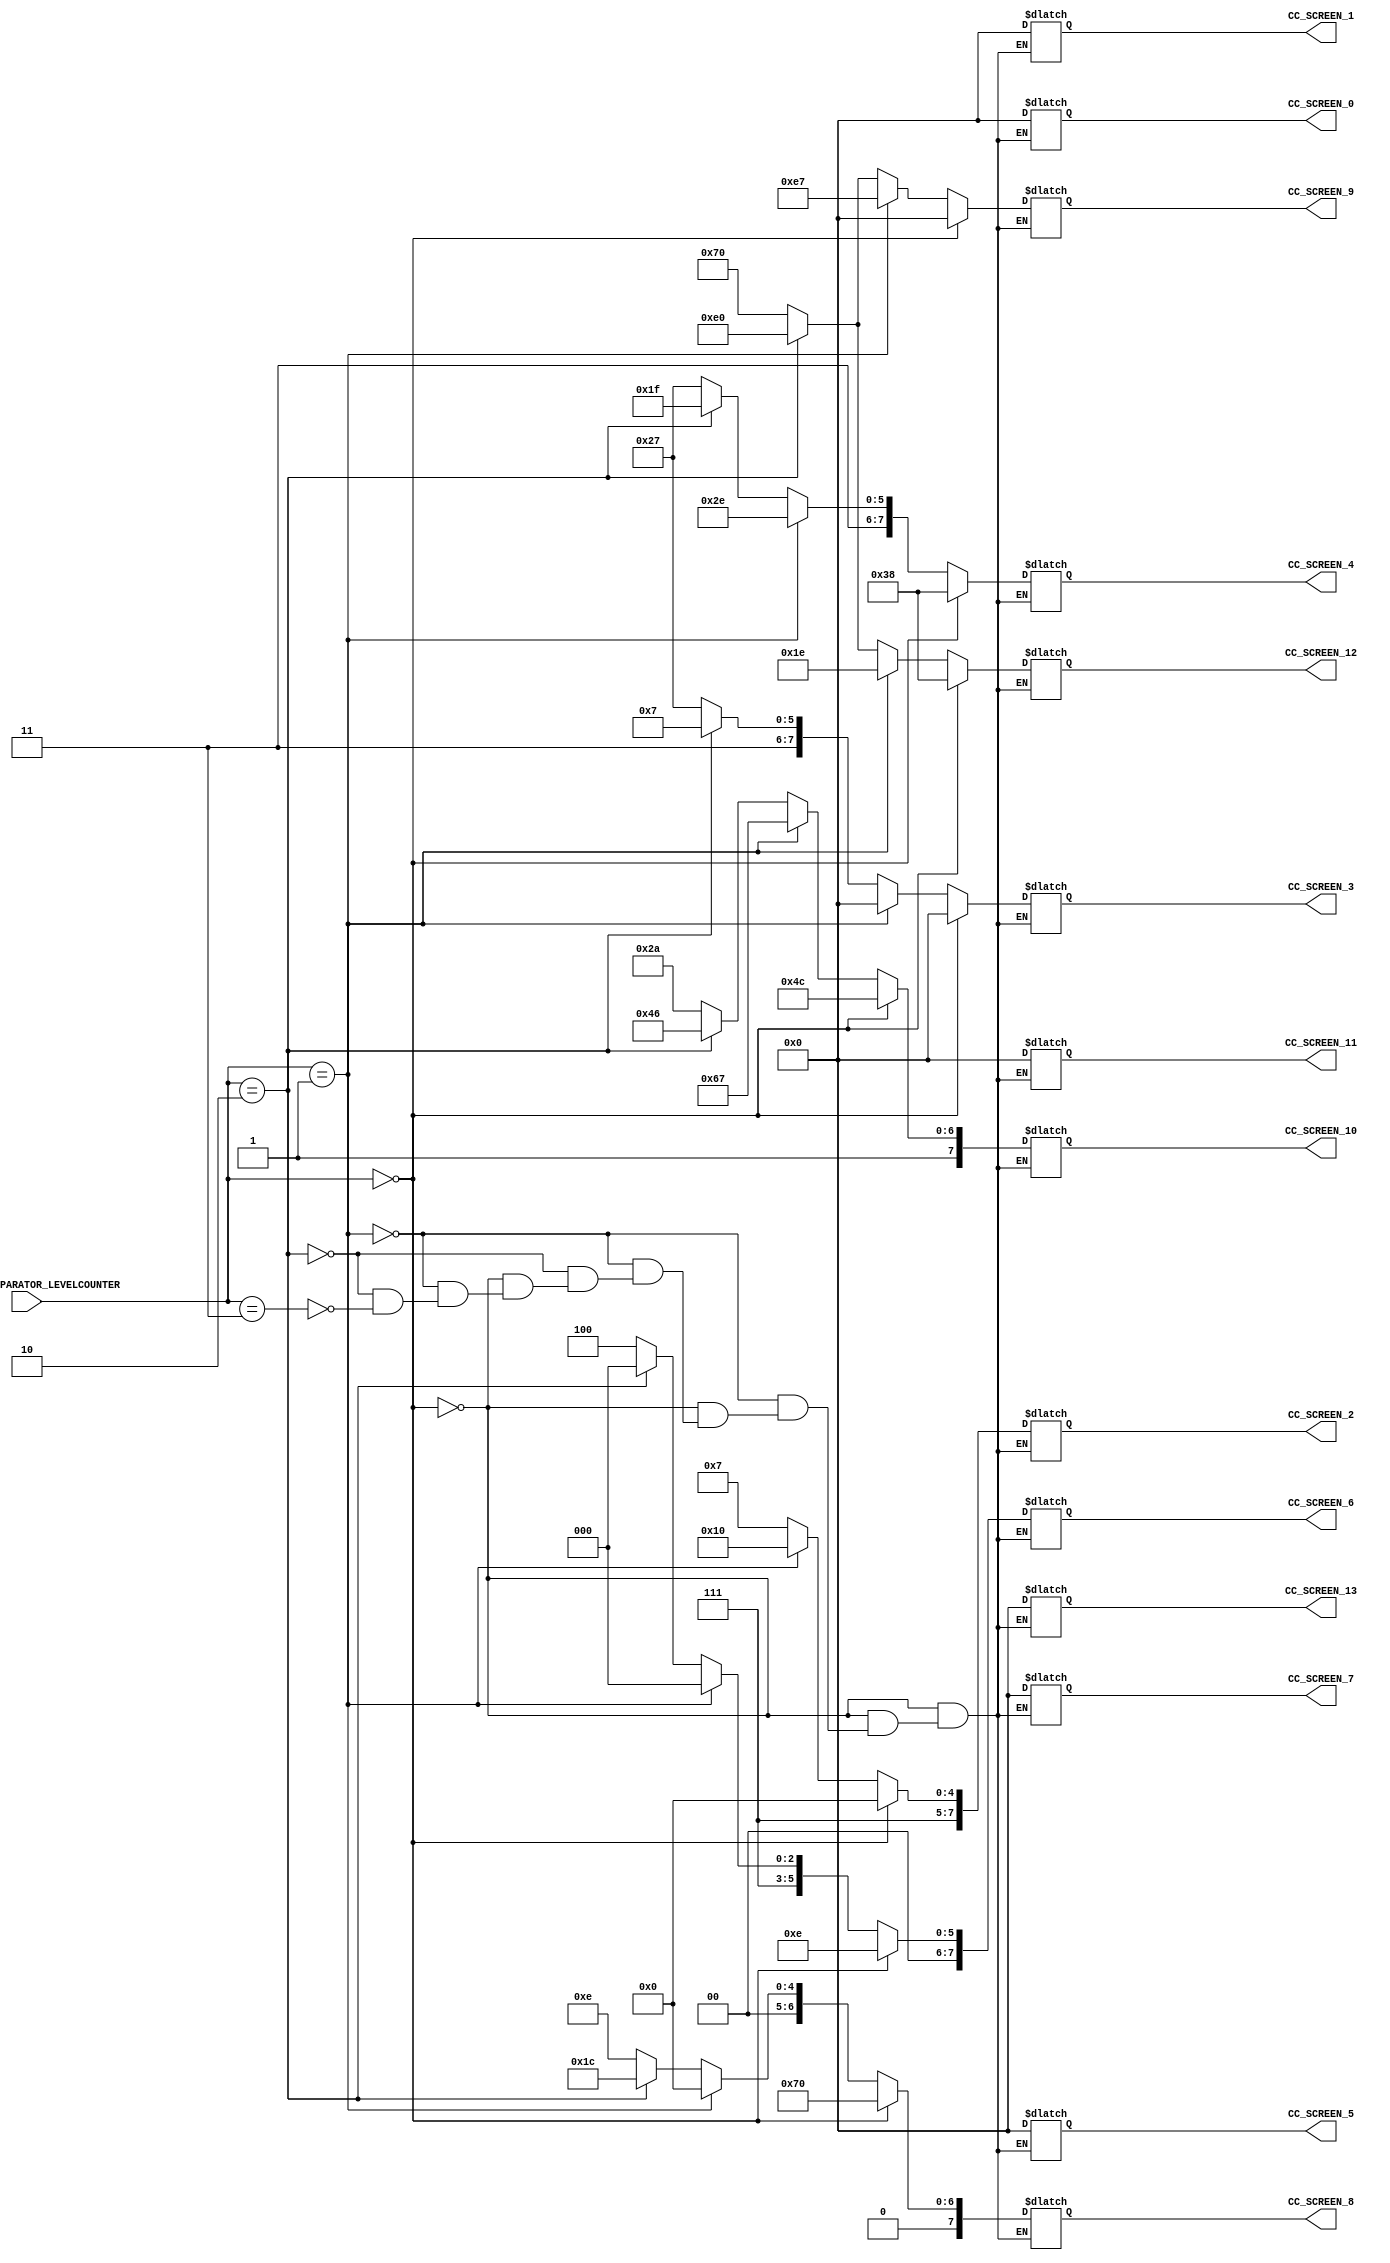
/*######################################################################
//#	G0B1T: HDL EXAMPLES. 2018.
//######################################################################
//# Copyright (C) 2018. F.E.Segura-Quijano (FES) fsegura@uniandes.edu.co
//# 
//# This program is free software: you can redistribute it and/or modify
//# it under the terms of the GNU General Public License as published by
//# the Free Software Foundation, version 3 of the License.
//#
//# This program is distributed in the hope that it will be useful,
//# but WITHOUT ANY WARRANTY; without even the implied warranty of
//# MERCHANTABILITY or FITNESS FOR A PARTICULAR PURPOSE.  See the
//# GNU General Public License for more details.
//#
//# You should have received a copy of the GNU General Public License
//# along with this program.  If not, see <http://www.gnu.org/licenses/>
//####################################################################*/
//=======================================================
//  MODULE Definition
//=======================================================
module CC_LEVELCOMPARATOR (
//////////// OUTPUTS //////////
	CC_SCREEN_0,
	CC_SCREEN_1,
	CC_SCREEN_2,
	CC_SCREEN_3,
	CC_SCREEN_4,
	CC_SCREEN_5,
	CC_SCREEN_6,
	CC_SCREEN_7,
	CC_SCREEN_8,
	CC_SCREEN_9,
	CC_SCREEN_10,
	CC_SCREEN_11,
	CC_SCREEN_12,
	CC_SCREEN_13,
//////////// INPUTS //////////
	CC_LEVELCOMPARATOR_LEVELCOUNTER
);
//=======================================================
//  PORT declarations
//=======================================================
output reg [7:0]CC_SCREEN_0;
output reg [7:0]CC_SCREEN_1;
output reg [7:0]CC_SCREEN_2;
output reg [7:0]CC_SCREEN_3;
output reg [7:0]CC_SCREEN_4;
output reg [7:0]CC_SCREEN_5;
output reg [7:0]CC_SCREEN_6;
output reg [7:0]CC_SCREEN_7;
output reg [7:0]CC_SCREEN_8;
output reg [7:0]CC_SCREEN_9;
output reg [7:0]CC_SCREEN_10;
output reg [7:0]CC_SCREEN_11;
output reg [7:0]CC_SCREEN_12;
output reg [7:0]CC_SCREEN_13;

input		[3:0]CC_LEVELCOMPARATOR_LEVELCOUNTER;
//=======================================================
//  Parameters
//=======================================================
 parameter INITREGBACKG_13 = 8'b00000000;
 parameter INITREGBACKG_12 = 8'b00111000;
 parameter INITREGBACKG_11 = 8'b00000000;
 parameter INITREGBACKG_10 = 8'b11001100;
 parameter INITREGBACKG_9 = 8'b00000000;
 parameter INITREGBACKG_8 = 8'b01110000;
 parameter INITREGBACKG_7 = 8'b00000000;
 parameter INITREGBACKG_6 = 8'b00001110;
 parameter INITREGBACKG_5 = 8'b00000000;
 parameter INITREGBACKG_4 = 8'b00111000;
 parameter INITREGBACKG_3 = 8'b00000000;
 parameter INITREGBACKG_2 = 8'b11100000;
 parameter INITREGBACKG_1 = 8'b00000000;
 parameter INITREGBACKG_0 = 8'b00000000;
 
 parameter INITREGBACKG_13_1 = 8'b00000000;
 parameter INITREGBACKG_12_1 = 8'b00011110;
 parameter INITREGBACKG_11_1 = 8'b00000000;
 parameter INITREGBACKG_10_1 = 8'b11100111;
 parameter INITREGBACKG_9_1 = 8'b11100111;
 parameter INITREGBACKG_8_1 = 8'b00000000;
 parameter INITREGBACKG_7_1 = 8'b00000000;
 parameter INITREGBACKG_6_1 = 8'b00111000;
 parameter INITREGBACKG_5_1 = 8'b00000000;
 parameter INITREGBACKG_4_1 = 8'b11101110;
 parameter INITREGBACKG_3_1 = 8'b00000000;
 parameter INITREGBACKG_2_1 = 8'b11110000;
 parameter INITREGBACKG_1_1 = 8'b00000000;
 parameter INITREGBACKG_0_1 = 8'b00000000;
 
 parameter INITREGBACKG_13_2 = 8'b00000000;
 parameter INITREGBACKG_12_2 = 8'b11100000;
 parameter INITREGBACKG_11_2 = 8'b00000000;
 parameter INITREGBACKG_10_2 = 8'b11000110;
 parameter INITREGBACKG_9_2 = 8'b11100000;
 parameter INITREGBACKG_8_2 = 8'b00011100;
 parameter INITREGBACKG_7_2 = 8'b00000000;
 parameter INITREGBACKG_6_2 = 8'b00111000;
 parameter INITREGBACKG_5_2 = 8'b00000000;
 parameter INITREGBACKG_4_2 = 8'b11011111;
 parameter INITREGBACKG_3_2 = 8'b11000111;
 parameter INITREGBACKG_2_2 = 8'b11100111;
 parameter INITREGBACKG_1_2 = 8'b00000000;
 parameter INITREGBACKG_0_2 = 8'b00000000;
 
 parameter INITREGBACKG_13_3 = 8'b00000000;
 parameter INITREGBACKG_12_3 = 8'b01110000;
 parameter INITREGBACKG_11_3 = 8'b00000000;
 parameter INITREGBACKG_10_3 = 8'b10101010;
 parameter INITREGBACKG_9_3 = 8'b01110000;
 parameter INITREGBACKG_8_3 = 8'b00001110;
 parameter INITREGBACKG_7_3 = 8'b00000000;
 parameter INITREGBACKG_6_3 = 8'b00111100;
 parameter INITREGBACKG_5_3 = 8'b00000000;
 parameter INITREGBACKG_4_3 = 8'b11100111;
 parameter INITREGBACKG_3_3 = 8'b11100111;
 parameter INITREGBACKG_2_3 = 8'b11100111;
 parameter INITREGBACKG_1_3 = 8'b00000000;
 parameter INITREGBACKG_0_3 = 8'b00000000;
//=======================================================
//  Structural coding
//=======================================================
always @(*)
begin
	if (CC_LEVELCOMPARATOR_LEVELCOUNTER == 2'b00)
		begin
			CC_SCREEN_0 = INITREGBACKG_0;
			CC_SCREEN_1 = INITREGBACKG_1;
			CC_SCREEN_2 = INITREGBACKG_2;
			CC_SCREEN_3 = INITREGBACKG_3;
			CC_SCREEN_4 = INITREGBACKG_4;
			CC_SCREEN_5 = INITREGBACKG_5;
			CC_SCREEN_6 = INITREGBACKG_6;
			CC_SCREEN_7 = INITREGBACKG_7;
			CC_SCREEN_8 = INITREGBACKG_8;
			CC_SCREEN_9 = INITREGBACKG_9;
			CC_SCREEN_10 = INITREGBACKG_10;
			CC_SCREEN_11 = INITREGBACKG_11;
			CC_SCREEN_12 = INITREGBACKG_12;
			CC_SCREEN_13 = INITREGBACKG_13;
		end
	else if (CC_LEVELCOMPARATOR_LEVELCOUNTER == 2'b01)
		begin
			CC_SCREEN_0 = INITREGBACKG_0_1;
			CC_SCREEN_1 = INITREGBACKG_1_1;
			CC_SCREEN_2 = INITREGBACKG_2_1;
			CC_SCREEN_3 = INITREGBACKG_3_1;
			CC_SCREEN_4 = INITREGBACKG_4_1;
			CC_SCREEN_5 = INITREGBACKG_5_1;
			CC_SCREEN_6 = INITREGBACKG_6_1;
			CC_SCREEN_7 = INITREGBACKG_7_1;
			CC_SCREEN_8 = INITREGBACKG_8_1;
			CC_SCREEN_9 = INITREGBACKG_9_1;
			CC_SCREEN_10 = INITREGBACKG_10_1;
			CC_SCREEN_11 = INITREGBACKG_11_1;
			CC_SCREEN_12 = INITREGBACKG_12_1;
			CC_SCREEN_13 = INITREGBACKG_13_1;
		end
	else if (CC_LEVELCOMPARATOR_LEVELCOUNTER == 2'b10)
		begin
			CC_SCREEN_0 = INITREGBACKG_0_2;
			CC_SCREEN_1 = INITREGBACKG_1_2;
			CC_SCREEN_2 = INITREGBACKG_2_2;
			CC_SCREEN_3 = INITREGBACKG_3_2;
			CC_SCREEN_4 = INITREGBACKG_4_2;
			CC_SCREEN_5 = INITREGBACKG_5_2;
			CC_SCREEN_6 = INITREGBACKG_6_2;
			CC_SCREEN_7 = INITREGBACKG_7_2;
			CC_SCREEN_8 = INITREGBACKG_8_2;
			CC_SCREEN_9 = INITREGBACKG_9_2;
			CC_SCREEN_10 = INITREGBACKG_10_2;
			CC_SCREEN_11 = INITREGBACKG_11_2;
			CC_SCREEN_12 = INITREGBACKG_12_2;
			CC_SCREEN_13 = INITREGBACKG_13_2;
		end
	else if (CC_LEVELCOMPARATOR_LEVELCOUNTER == 2'b11)
		begin
			CC_SCREEN_0 = INITREGBACKG_0_3;
			CC_SCREEN_1 = INITREGBACKG_1_3;
			CC_SCREEN_2 = INITREGBACKG_2_3;
			CC_SCREEN_3 = INITREGBACKG_3_3;
			CC_SCREEN_4 = INITREGBACKG_4_3;
			CC_SCREEN_5 = INITREGBACKG_5_3;
			CC_SCREEN_6 = INITREGBACKG_6_3;
			CC_SCREEN_7 = INITREGBACKG_7_3;
			CC_SCREEN_8 = INITREGBACKG_8_3;
			CC_SCREEN_9 = INITREGBACKG_9_3;
			CC_SCREEN_10 = INITREGBACKG_10_3;
			CC_SCREEN_11 = INITREGBACKG_11_3;
			CC_SCREEN_12 = INITREGBACKG_12_3;
			CC_SCREEN_13 = INITREGBACKG_13_3;
		end
end

endmodule